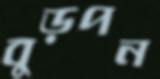
বুড়পন